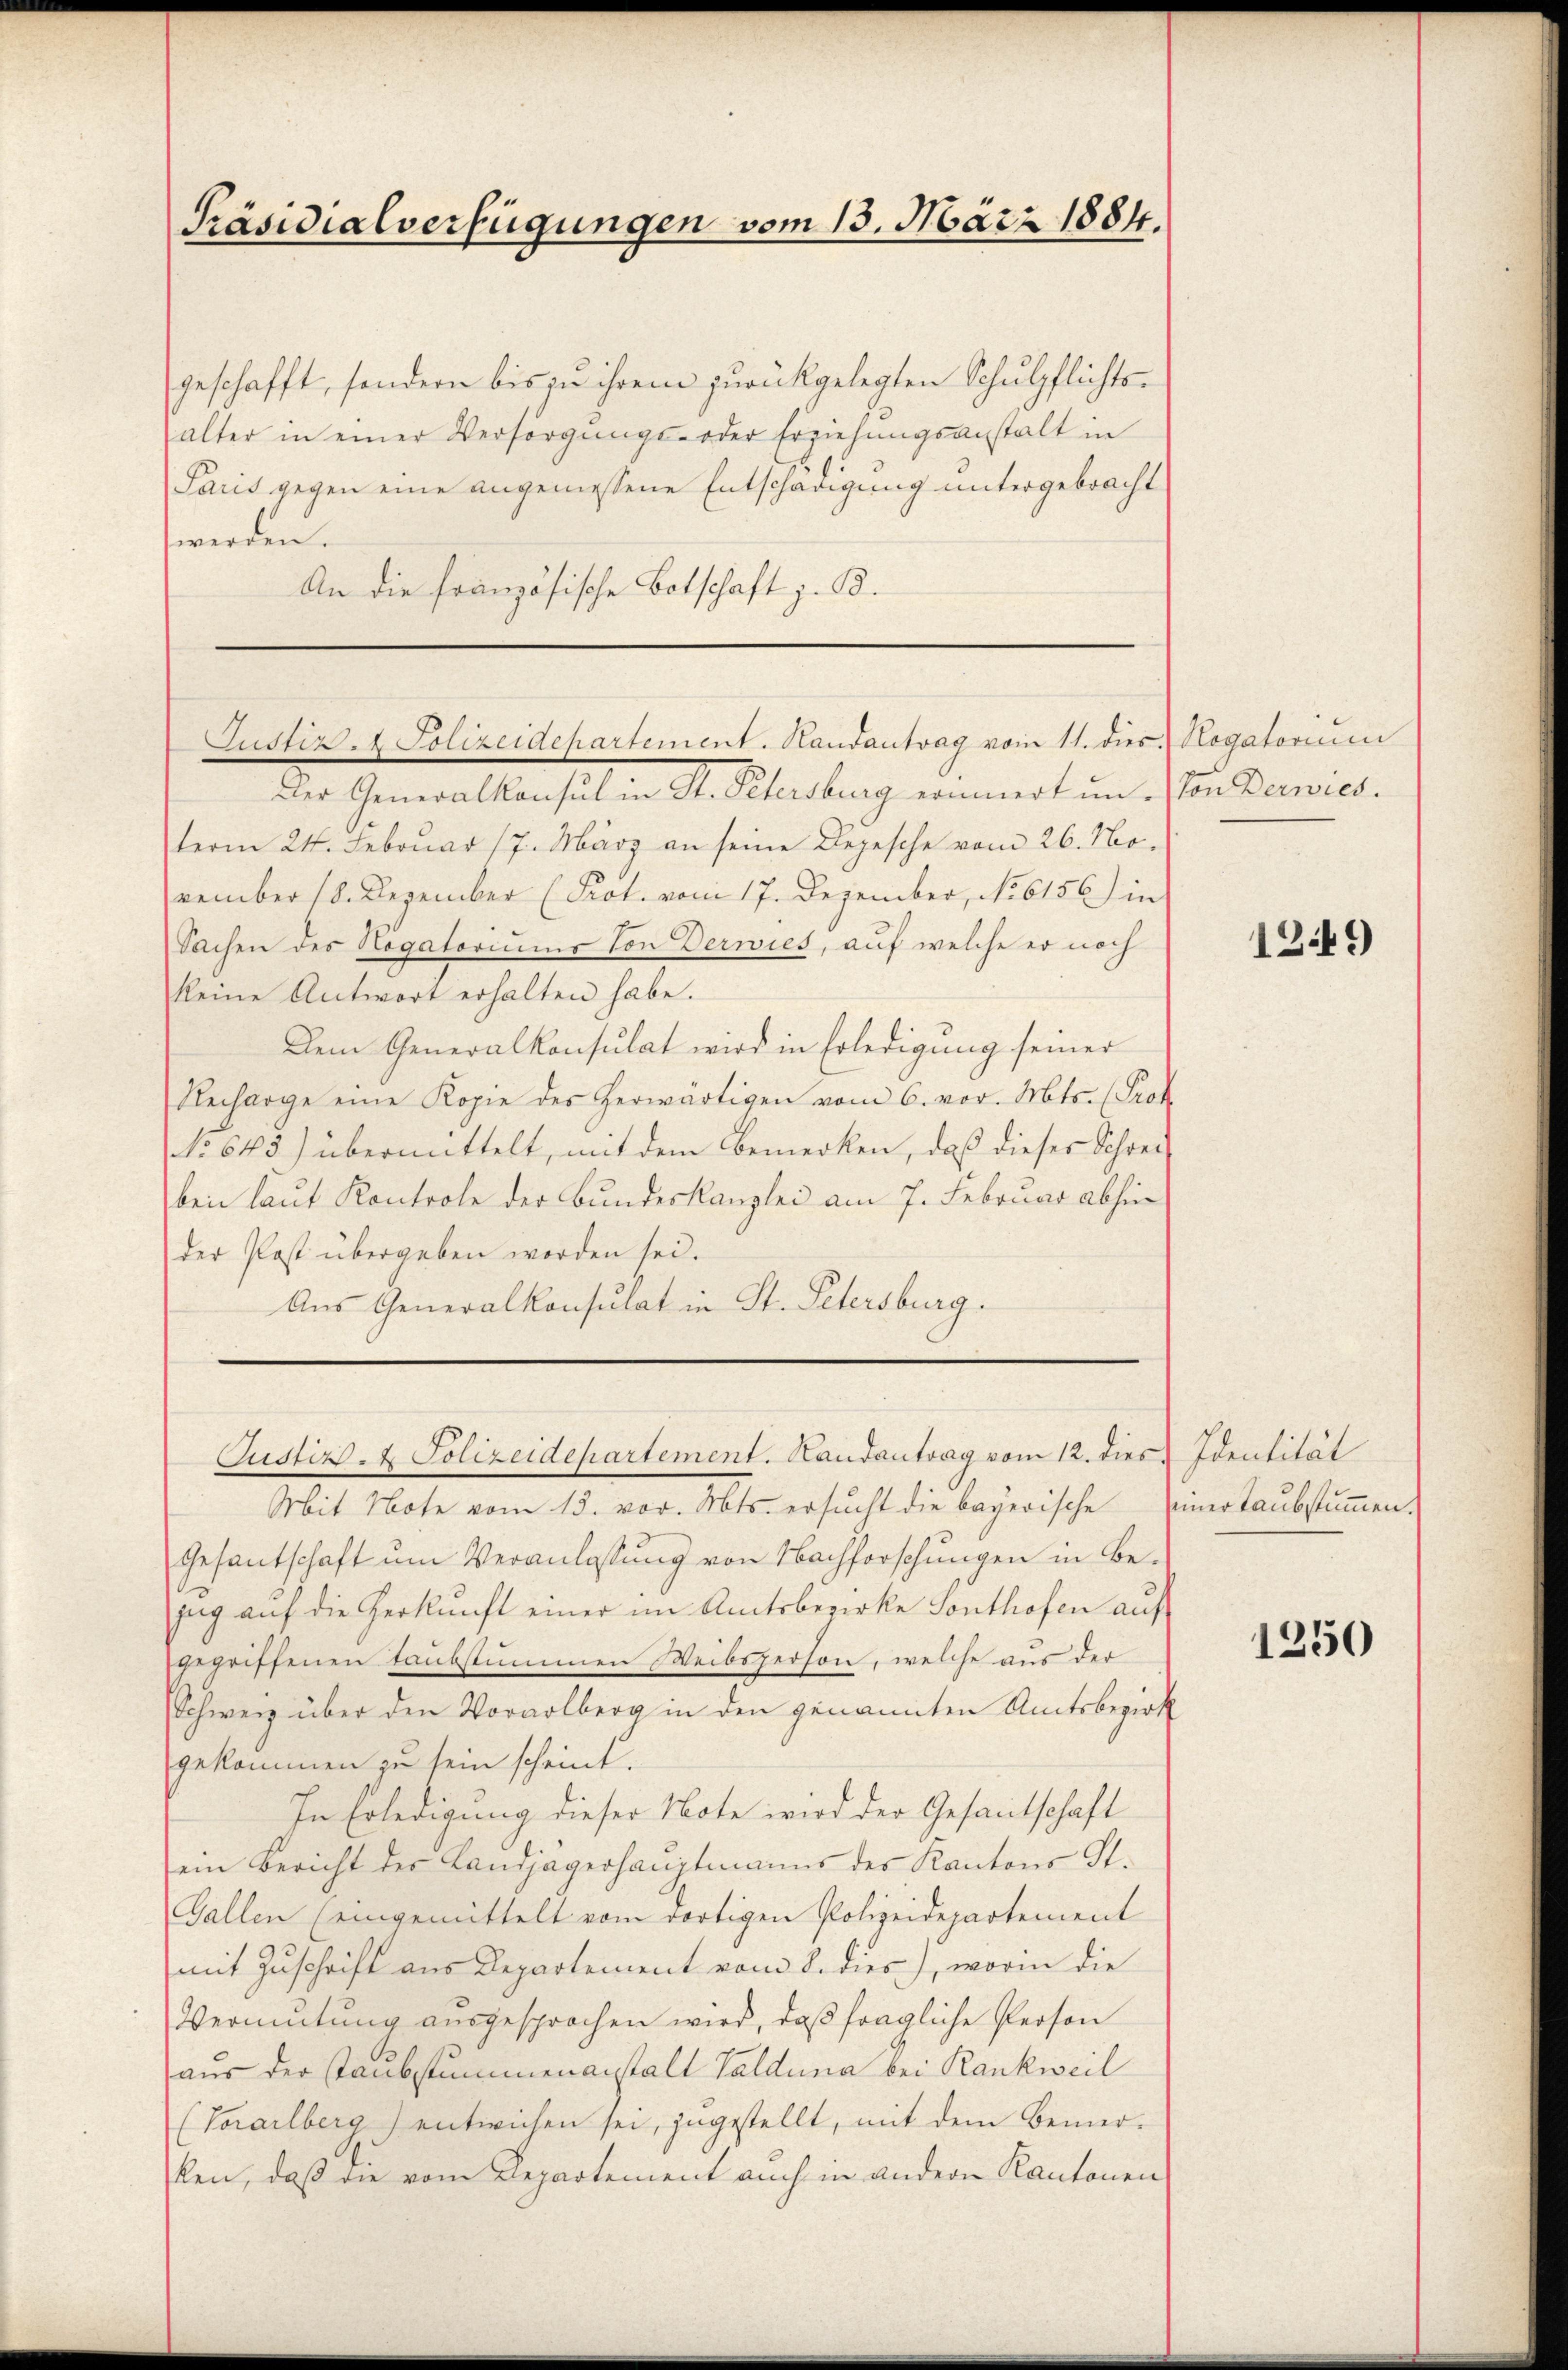
Präsidialverfügungen vom 13. März 1884.

geschafft, sondern bis zu ihrem zurückgelegten Schulpflichtsalter in einer Versorgŭngs- oder Erziehungsanstalt in
Paris gegen eine angemessene Entschädigung untergebracht
werden.
An die französische Botschaft z. B.

Justiz- & Polizeidchartement. Randantrag vom 11. dies Rogatorium

Justiz & Polizeidepartement. Handantrag vom 12. dies

Der Generalkonsul in St. Petersburg erinnert um. Von Derwies.
term 24. Februar 17. März an seine Depesche vom 26. No.
vember 18. Dezember (Prot. vom 17. Dezember, No 6156) in
Sachen des Hogatoriums von Derwies, auf welche er noch
keine Antwort erhalten habe.
Dem Generalkonsulat wird in Erledigung seiner
Recharge eine Kopie des herwärtigen vom 6. vor. Mts. (Prok
No 643.) übermittelt, mit dem Bemerken, daß dieser Schreiben laut Kontrole der Bundeskanzlei am 7. Februar abhin
der Post übergeben worden sei.
Aus Generalkonsulat in St. Petersburg.
Mit Note vom 13. vor. Mts. ersucht die bayerische
Gesantschaft um Veranlassung von Nachforschungen in Bezug auf die Herkunft einer im Amtsbezirke Sonthofen auf
gegriffenen taubstummen Weibsperson, welche aus der
Schweiz über den Vorarlberg in den genannten Amtsbezirk
gekommen zu sein scheint.
In Erledigung dieser Note wird der Gesandtschaft
ein Bericht der Landjägerhauptmanns des Kantons St.
Gallen (eingemittelt vom dortigen Polizeidepartement
mit Zuschrift aus Departement vom 8. dies), worin die
Vermutung ausgesprochen wird, daß fragliche Person
aus der Staubstummenanstalt Valduna bei Rankweil
(Vorarlberg) entwichen sei, zugestellt, mit dem Bemerken, daß die vom Departement auch in andern Kantonen

1249)

Identität
seiner Taubstummen.

1250